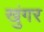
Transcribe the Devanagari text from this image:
खुंगर